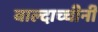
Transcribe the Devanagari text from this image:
बाल्दाच्चीनी